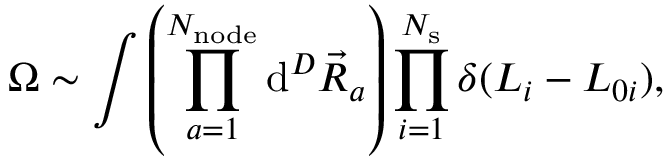
\Omega \sim \int { \left( \prod _ { a = 1 } ^ { N _ { \mathrm { n o d e } } } { \mathrm { d } ^ { D } \vec { R } _ { a } } \right) \prod _ { i = 1 } ^ { N _ { \mathrm { s } } } { \delta ( L _ { i } - L _ { 0 i } ) } } ,